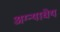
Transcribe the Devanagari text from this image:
अग्न्याधेय